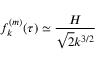
f _ { k } ^ { ( m ) } ( \tau ) \simeq \frac { H } { \sqrt { 2 } k ^ { 3 / 2 } }